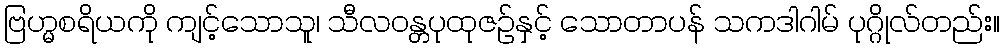
ဗြဟ္မစရိယကို ကျင့်သောသူ၊ သီလဝန္တပုထုဇဉ်နှင့် သောတာပန် သကဒါဂါမ် ပုဂ္ဂိုလ်တည်း။